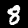
Label: 8